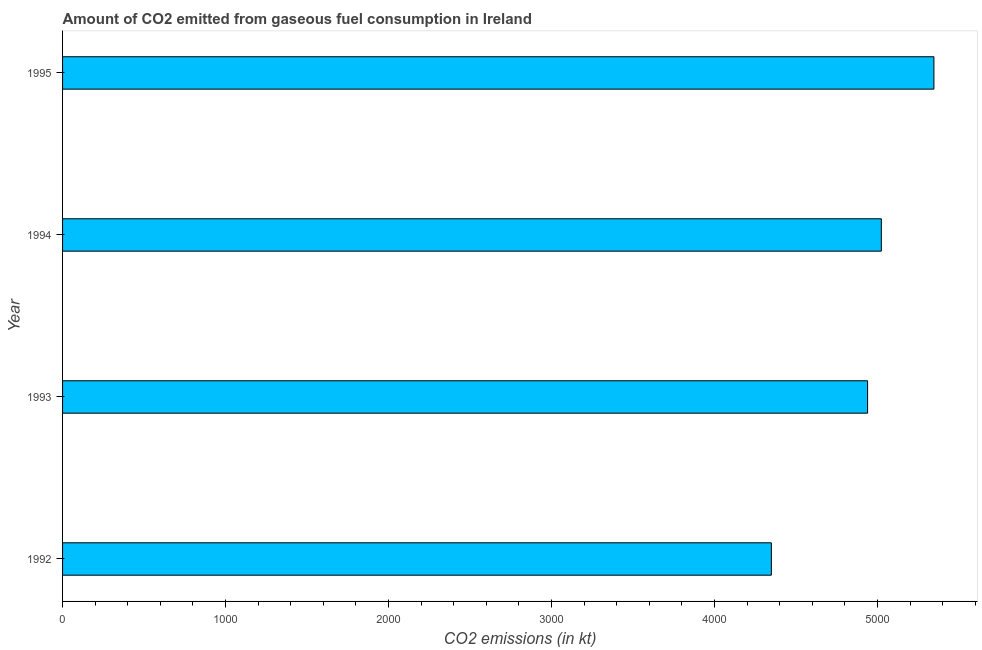
| Year | CO2 emissions from gaseous fuel consumption |
 | --- | --- |
 | 1992 | 4.35e+03 |
 | 1993 | 4.94e+03 |
 | 1994 | 5.02e+03 |
 | 1995 | 5.35e+03 |